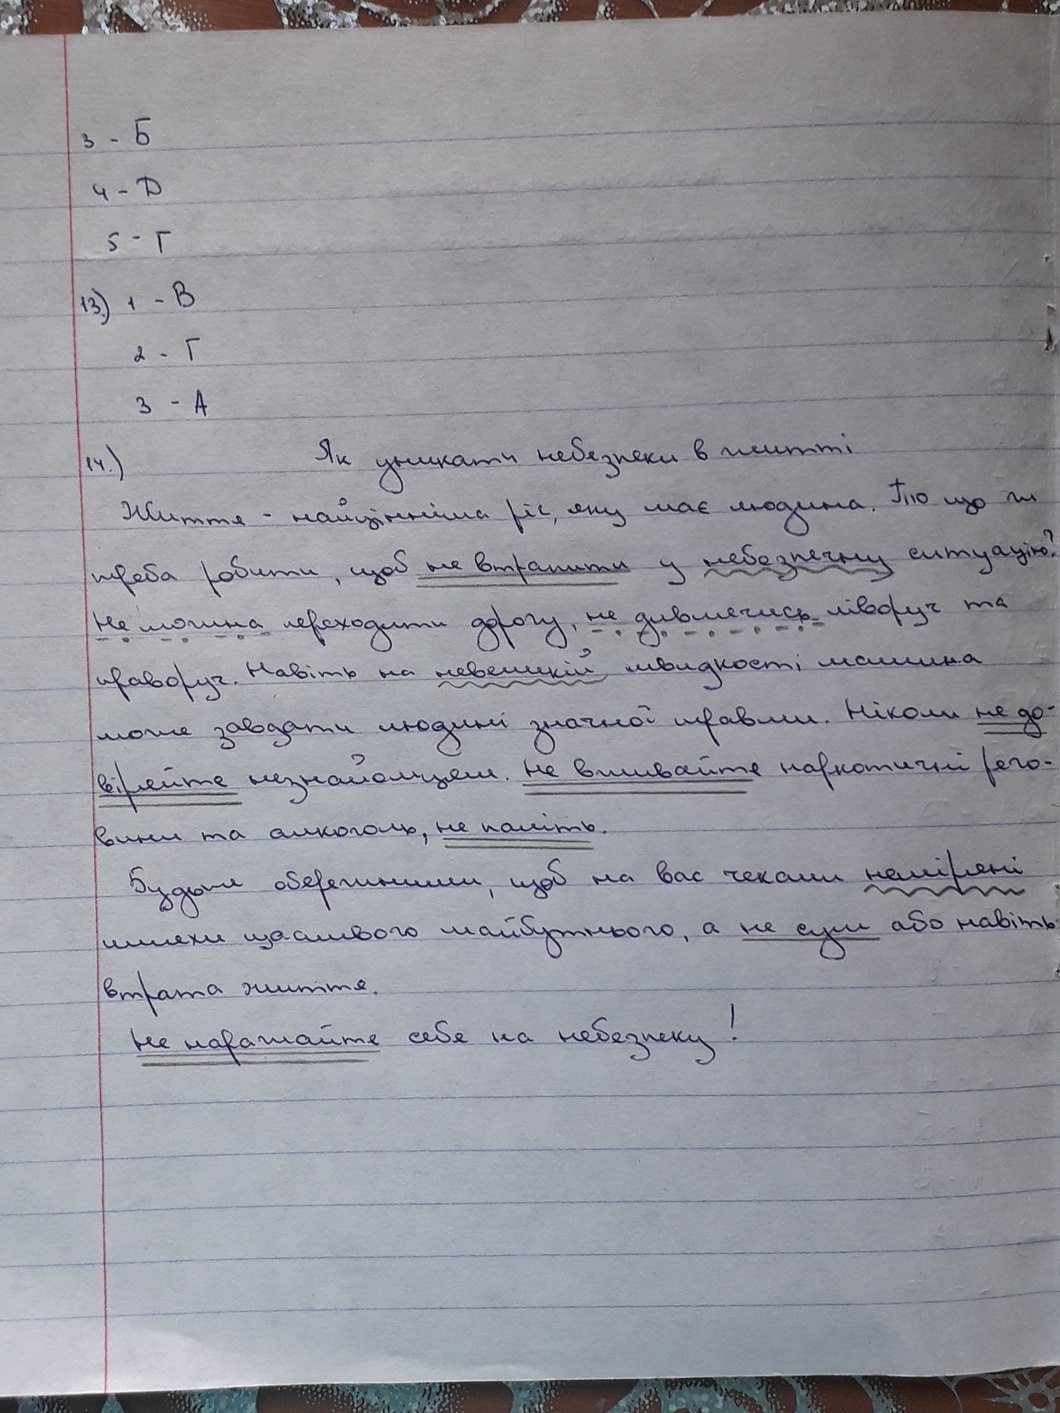
3 - Б
4 - Д
5 - Г
13.) 1 - B
2 - Г
3 - A
14.) Як уникати небезпеки в житті
Життя - найцінніша річ, яку має людина. То що ж
треба робити, щоб не втрапити у небезпечну ситуацію?
Не можна переходити дорогу, не дивлячись ліворуч та
праворуч. Навіть на невеличкій швидкості машина
може завдати людині значної травми. Ніколи не до-
вірте незнайомцям. Не вживайте наркотичні речо-
вини та алкоголь, не паліть.
Будьте обережними, щоб на вас чекали неміряні
шляхи щасливого майбутнього, а не сум або навіть
втрата життя.
не наражайте себе на небезпеку!